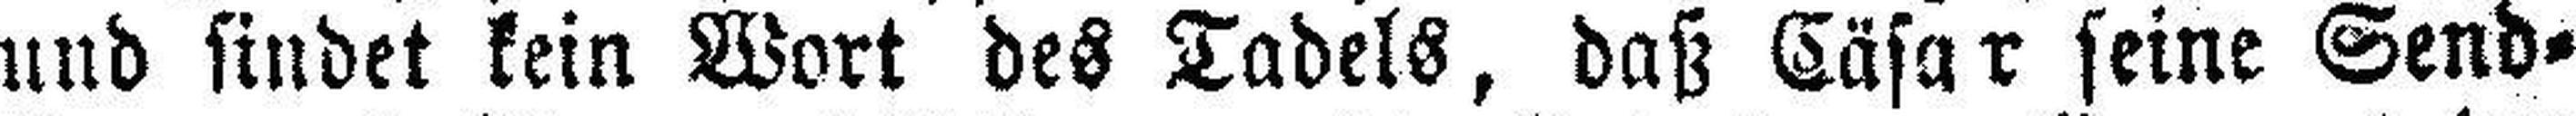
und findet kein Wort des Tadels, daß Cäsar seine Send¬